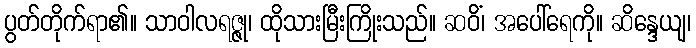
ပွတ်တိုက်ရာ၏။ သာဝါလရဇ္ဇု၊ ထိုသားမြီးကြိုးသည်။ ဆဝိံ၊ အပေါ်ရေကို။ ဆိန္ဒေယျ၊